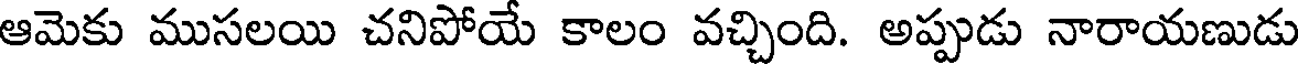
ఆమెకు ముసలయి చనిపోయే కాలం వచ్చింది. అప్పుడు నారాయణుడు